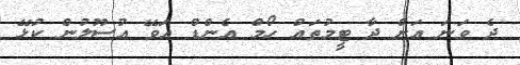
ދެ ވަނަ އަށް ދާ ޓީމުތައް ހޯމް އެންޑް އަވޭ އުސޫލުން ކުޅޭ